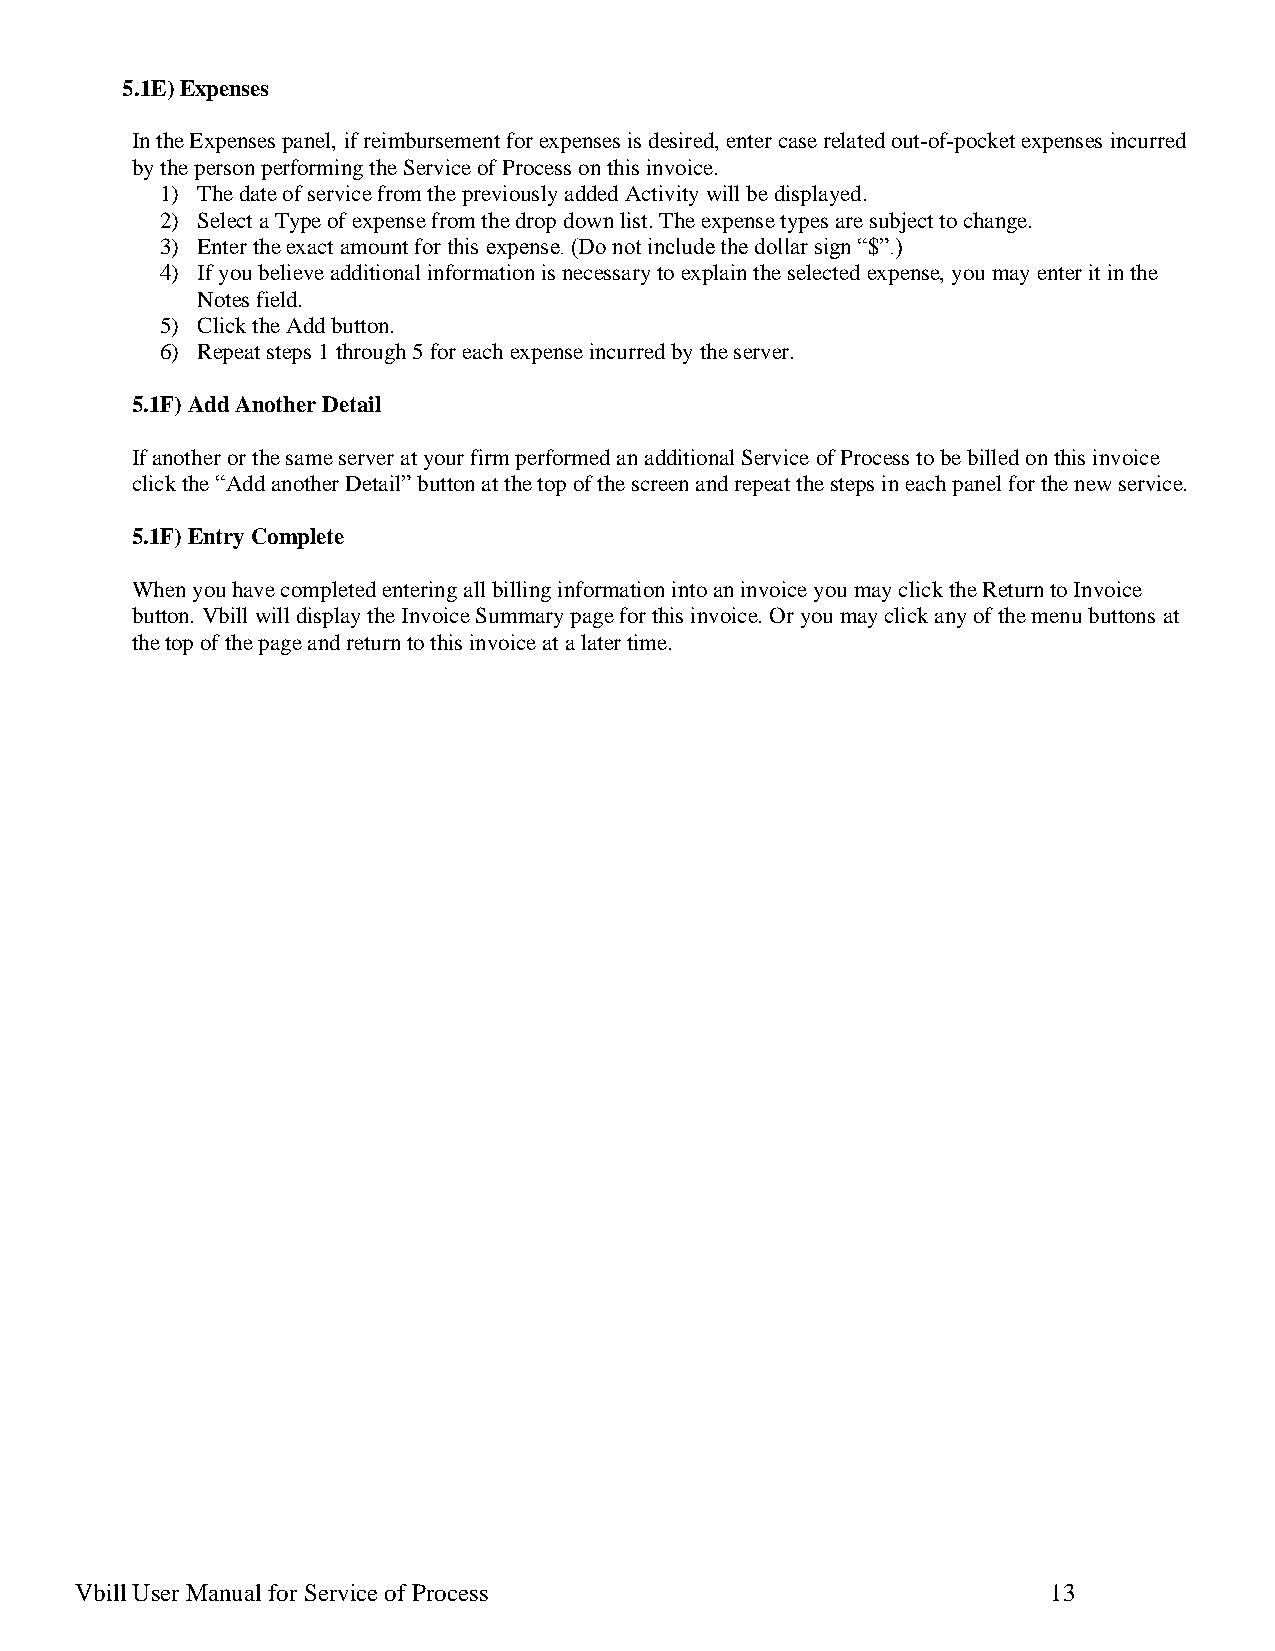
5.1E) Expenses
 In the Expenses panel, if reimbursement for expenses is desired, enter case related out-of-pocket expenses incurred
 by the person performing the Service of Process on this invoice.
 1) The date of service from the previously added Activity will be displayed.
 2) Select a Type of expense from the drop down list. The expense types are subject to change.
 3) Enter the exact amount for this expense. (Do not include the dollar sign “$”.)
 4) If you believe additional information is necessary to explain the selected expense, you may enter it in the
 Notes field.
 5) Click the Add button.
 6) Repeat steps 1 through 5 for each expense incurred by the server.
 5.1F) Add Another Detail
 If another or the same server at your firm performed an additional Service of Process to be billed on this invoice
 click the “Add another Detail” button at the top of the screen and repeat the steps in each panel for the new service.
 5.1F) Entry Complete
 When you have completed entering all billing information into an invoice you may click the Return to Invoice
 button. Vbill will display the Invoice Summary page for this invoice. Or you may click any of the menu buttons at
 the top of the page and return to this invoice at a later time.
 Vbill User Manual for Service of Process                         13